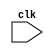
module timing_control (
  input wire clk,
  // other input and output signals as needed
);

// Implement timing control logic here

endmodule